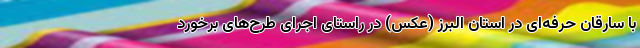
با سارقان حرفه‌ای در استان البرز (عکس) در راستای اجرای طرح‌های برخورد